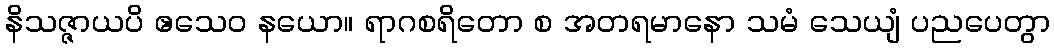
နိသဇ္ဇာယပိ ဧသေဝ နယော။ ရာဂစရိတော စ အတရမာနော သမံ သေယျံ ပညပေတွာ